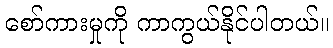
စော်ကားမှုကို ကာကွယ်နိုင်ပါတယ်။